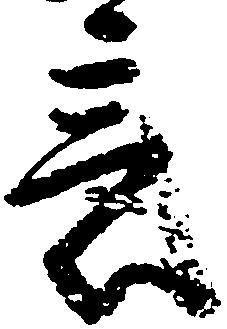
意